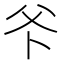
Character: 𭶺